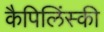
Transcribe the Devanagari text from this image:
कैपिलिंस्की